Scottish Leaving Certificate Examination, 1961
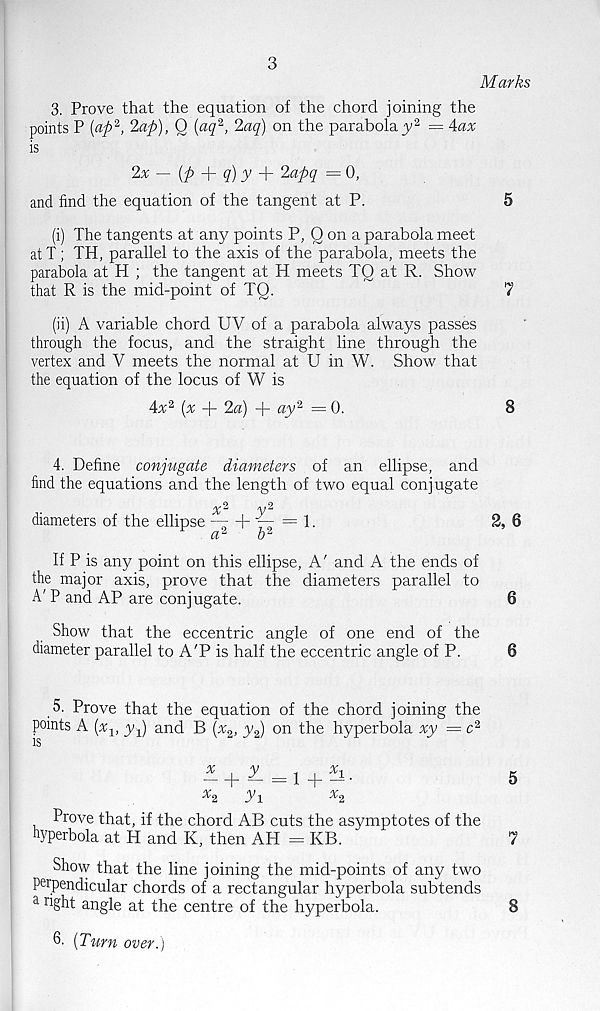
3
Marks
3. Prove that the equation of the chord joining the
points P [afi* 1 , Zap), O {aq % , 2aq) on the parabola_y 2 = Aax
is
2x — (p
q) y
2apq — 0,
and find the equation of the tangent at P.
5
(i) The tangents at any points P, Q on a parabola meet
at T; TH, parallel to the axis of the parabola, meets the
parabola at H ; the tangent at H meets TQ at R. Show
that R is the mid-point of TQ.
7
(ii) A variable chord UV of a parabola always passes
through the focus, and the straight line through the
vertex and V meets the normal at U in W. Show that
the equation of the locus of W is
Ax 2 [x -f- 2d) + ay 2 =0.
8
4. Define conjugate diameters of an ellipse, and
find the equations and the length of two equal conjugate
V ^
diameters of the ellipse — + ^ = 1.
2, 6
a 2
o 2
If P is any point on this ellipse, A' and A the ends of
the major axis, prove that the diameters parallel to
A' P and AP are conjugate.
6
Show that the eccentric angle of one end of the
diameter parallel to A'P is half the eccentric angle of P.
6
5. Prove that the equation of the chord joining the
points A (x 1 , yq) and B (x 2 , y 2 ) on the hyperbola xy = c 2
IS
^ + z
X 2
dl
Prove that, if the chord AB cuts the asymptotes of the
fiyperbola at H and K, then AH = KB.
Show that the line joining the mid-points of any two
Perpendicular chords of a rectangular hyperbola subtends
a ri ght angle at the centre of the hyperbola.
5
7
8
6. [Turn over.)